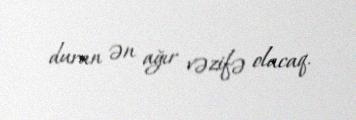
duran ən ağır vəzifə olacaq.